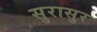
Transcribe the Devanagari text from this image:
सुरासुर